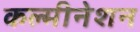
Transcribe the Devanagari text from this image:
कल्मीनेशन